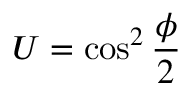
U = \cos ^ { 2 } { \frac { \phi } { 2 } }